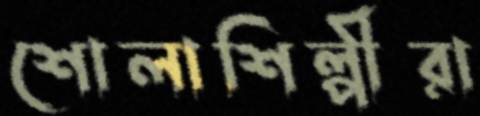
শোলাশিল্পীরা